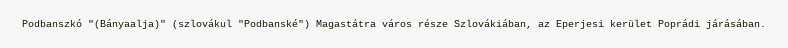
Podbanszkó "(Bányaalja)" (szlovákul "Podbanské") Magastátra város része Szlovákiában, az Eperjesi kerület Poprádi járásában.